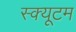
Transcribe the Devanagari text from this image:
स्क्यूटम